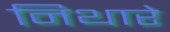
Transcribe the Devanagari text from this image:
निथारे